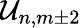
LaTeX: \mathcal{U}_{n,m\pm 2}